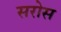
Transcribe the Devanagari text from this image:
सरोस